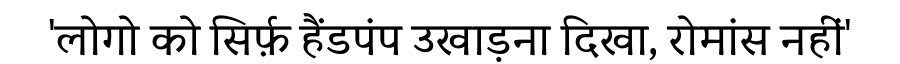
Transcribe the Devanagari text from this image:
'लोगो को सिर्फ़ हैंडपंप उखाड़ना दिखा, रोमांस नहीं'